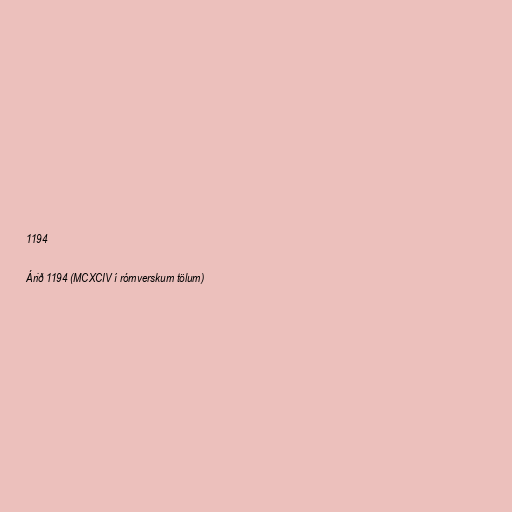
1194

Árið 1194 (MCXCIV í rómverskum tölum)